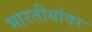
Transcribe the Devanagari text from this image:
भारतीयांवर